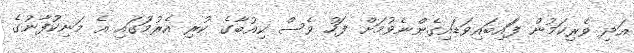
އަދި ވެރިކަމުން ފަައިބައިވަޑައިގެންނެވުމަށް ފަހު ވެސް ކިއުބާގެ ކުރި އެރުމުަގައި އެ މަނިކުފާނުގެ